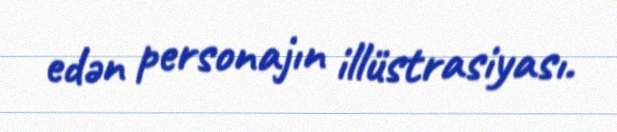
edən personajın illüstrasiyası.